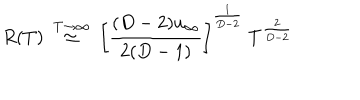
LaTeX: \frac { R ( T ) ~ \buildrel { T \to \infty } } { \simeq ~ \left[ { \frac { ( D - 2 ) u _ { \infty } } { 2 ( D - 1 ) } } \right] ^ { \frac { 1 } { D - 2 } } ~ T ^ { \frac { 2 } { D - 2 } } }